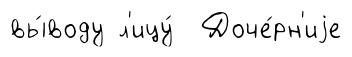
вы́воду л'ицу́ Доче́рн'иjе